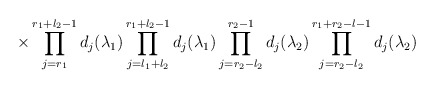
\begin{align*}\times \prod^{r_1 + l_2 -1}_{j= r_1} d_j (\lambda_1) \prod^{r_1+l_2-1}_{j=l_1 +l_2} d_j (\lambda_1) \prod^{r_2- 1}_{j=r_2 - l_2} d_j (\lambda_2) \prod^{r_1+r_2-l-1}_{j=r_2 -l_2}d_j(\lambda_2)\end{align*}